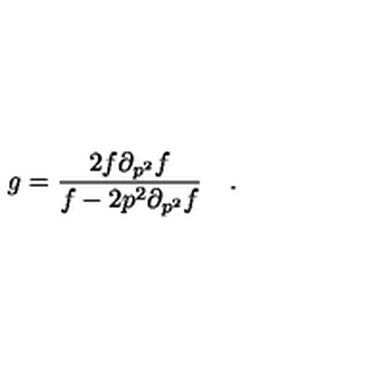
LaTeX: g = \frac { 2 f \partial _ { p ^ { 2 } } f } { f - 2 p ^ { 2 } \partial _ { p ^ { 2 } } f } \quad .